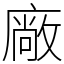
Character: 廠